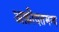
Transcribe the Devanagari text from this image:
अक़ीदतमन्द